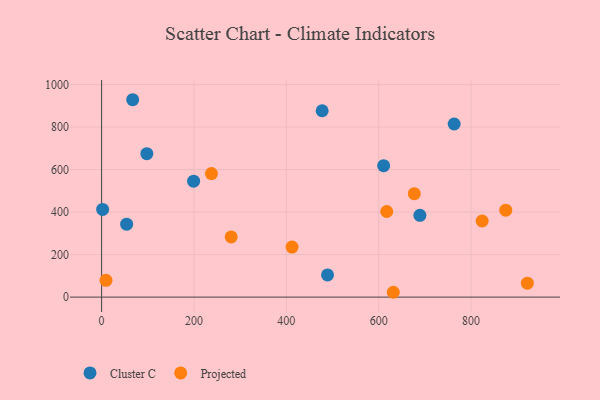
{"axis": {"x": "Study Hours", "y": "Sales"}, "legend": ["Cluster C", "Projected"], "data": [{"x": "67.3", "y": 928.5, "type": "Cluster C"}, {"x": "97.9", "y": 674.7, "type": "Cluster C"}, {"x": "763.3", "y": 814.2, "type": "Cluster C"}, {"x": "689.1", "y": 384.9, "type": "Cluster C"}, {"x": "199.2", "y": 545.4, "type": "Cluster C"}, {"x": "610.6", "y": 618.1, "type": "Cluster C"}, {"x": "489.1", "y": 104.2, "type": "Cluster C"}, {"x": "2.2", "y": 412.5, "type": "Cluster C"}, {"x": "54.2", "y": 343.0, "type": "Cluster C"}, {"x": "477.5", "y": 876.7, "type": "Cluster C"}, {"x": "823.9", "y": 358.0, "type": "Projected"}, {"x": "237.8", "y": 581.0, "type": "Projected"}, {"x": "617.3", "y": 402.7, "type": "Projected"}, {"x": "412.3", "y": 235.3, "type": "Projected"}, {"x": "921.8", "y": 65.6, "type": "Projected"}, {"x": "677.0", "y": 486.5, "type": "Projected"}, {"x": "280.5", "y": 283.2, "type": "Projected"}, {"x": "631.5", "y": 22.8, "type": "Projected"}, {"x": "9.5", "y": 78.8, "type": "Projected"}, {"x": "875.0", "y": 409.2, "type": "Projected"}]}